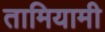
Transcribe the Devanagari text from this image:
तामियामी